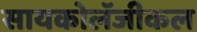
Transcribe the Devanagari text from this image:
सायकोलॅजीकल